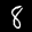
Label: 8